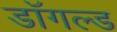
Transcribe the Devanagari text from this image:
डॉगल्ड